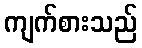
ကျက်စားသည်